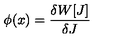
\phi ( x ) = { \frac { \delta W [ J ] } { \delta J } }